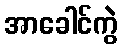
အာခေါင်ကွဲ